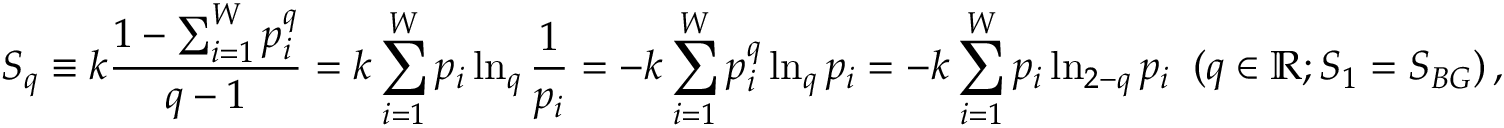
S _ { q } \equiv k \frac { 1 - \sum _ { i = 1 } ^ { W } p _ { i } ^ { q } } { q - 1 } = k \sum _ { i = 1 } ^ { W } p _ { i } \ln _ { q } \frac { 1 } { p _ { i } } = - k \sum _ { i = 1 } ^ { W } p _ { i } ^ { q } \ln _ { q } p _ { i } = - k \sum _ { i = 1 } ^ { W } p _ { i } \ln _ { 2 - q } p _ { i } \; \; ( q \in \mathbb { R } ; S _ { 1 } = S _ { B G } ) \, ,